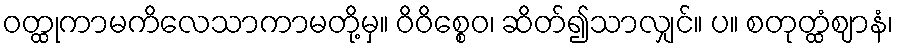
ဝတ္ထုကာမကိလေသာကာမတို့မှ။ ဝိဝိစ္စေဝ၊ ဆိတ်၍သာလျှင်။ ပ။ စတုတ္ထံဈာနံ၊